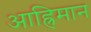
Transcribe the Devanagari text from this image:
आह्रिमान